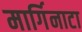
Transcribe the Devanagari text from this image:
मार्गिनाटा